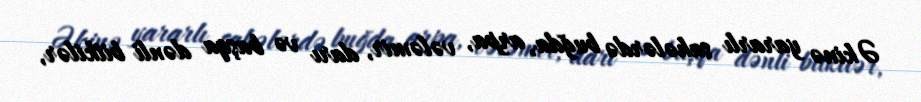
Əkinə yararlı sahələrdə buğda, arpa, vələmir, darı və başqa dənli bitkilər,